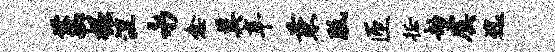
萋掘涅永愈莫辛兼胝匝徵劫虞迄